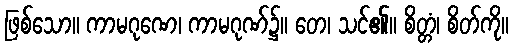
ဖြစ်သော။ ကာမဂုဏေ၊ ကာမဂုဏ်၌။ တေ၊ သင်၏။ စိတ္တံ၊ စိတ်ကို။